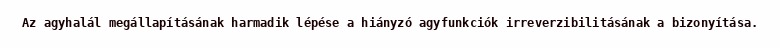
Az agyhalál megállapításának harmadik lépése a hiányzó agyfunkciók irreverzibilitásának a bizonyítása.